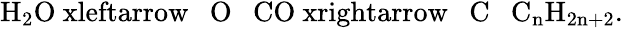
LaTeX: \begin{array}{r}{\mathrm{H_{2}O\ xleftarrow{\ \ \ O\ \ \ }CO\ xrightarrow{\ \ \ C\ \ \ }C_{n}H_{2n+2}}.}\end{array}